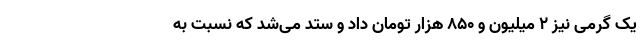
یک گرمی نیز ۲ میلیون و ۸۵۰ هزار تومان داد و ستد می‌شد که نسبت به